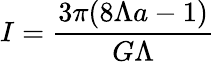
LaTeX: I=\frac{3\pi(8\Lambda a-1)}{G\Lambda}